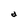
Character: d